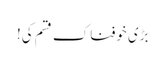
بڑی خوفناک قسم کی!